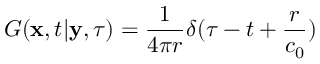
\displaystyle G ( \mathbf { x } , t | \mathbf { y } , \tau ) = \frac { 1 } { 4 \pi r } \delta ( \tau - t + \frac { r } { c _ { 0 } } )